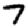
Digit: 7